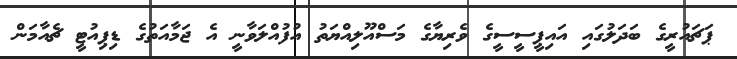
ޕަޗައުރީގެ ބަދަލުގައި އައިޕީސީސީގެ ވެރިޔާގެ މަސްއޫލިއްޔަތު އުފުއްލަވާނީ އެ ޖަމާއަތުގެ ޑިޕިއުޓީ ޗެއާމަން